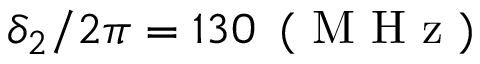
\delta _ { 2 } / 2 \pi = 1 3 0 \, \mathrm { ~ ( ~ M ~ H ~ z ~ ) ~ }